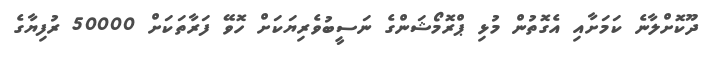
ދޫކޮށްލާނެ ކަމަށާއި އެގޮތުން މުޅި ޕްރޮމޯޝަންގެ ނަސީބުވެރިޔަކަށް ހޮވޭ ފަރާތަކަށް 50000 ރުފިޔާގެ